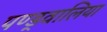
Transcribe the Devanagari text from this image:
पण्ड्वालिया